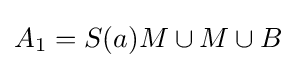
A_{1}=S(a)M\cup M\cup B